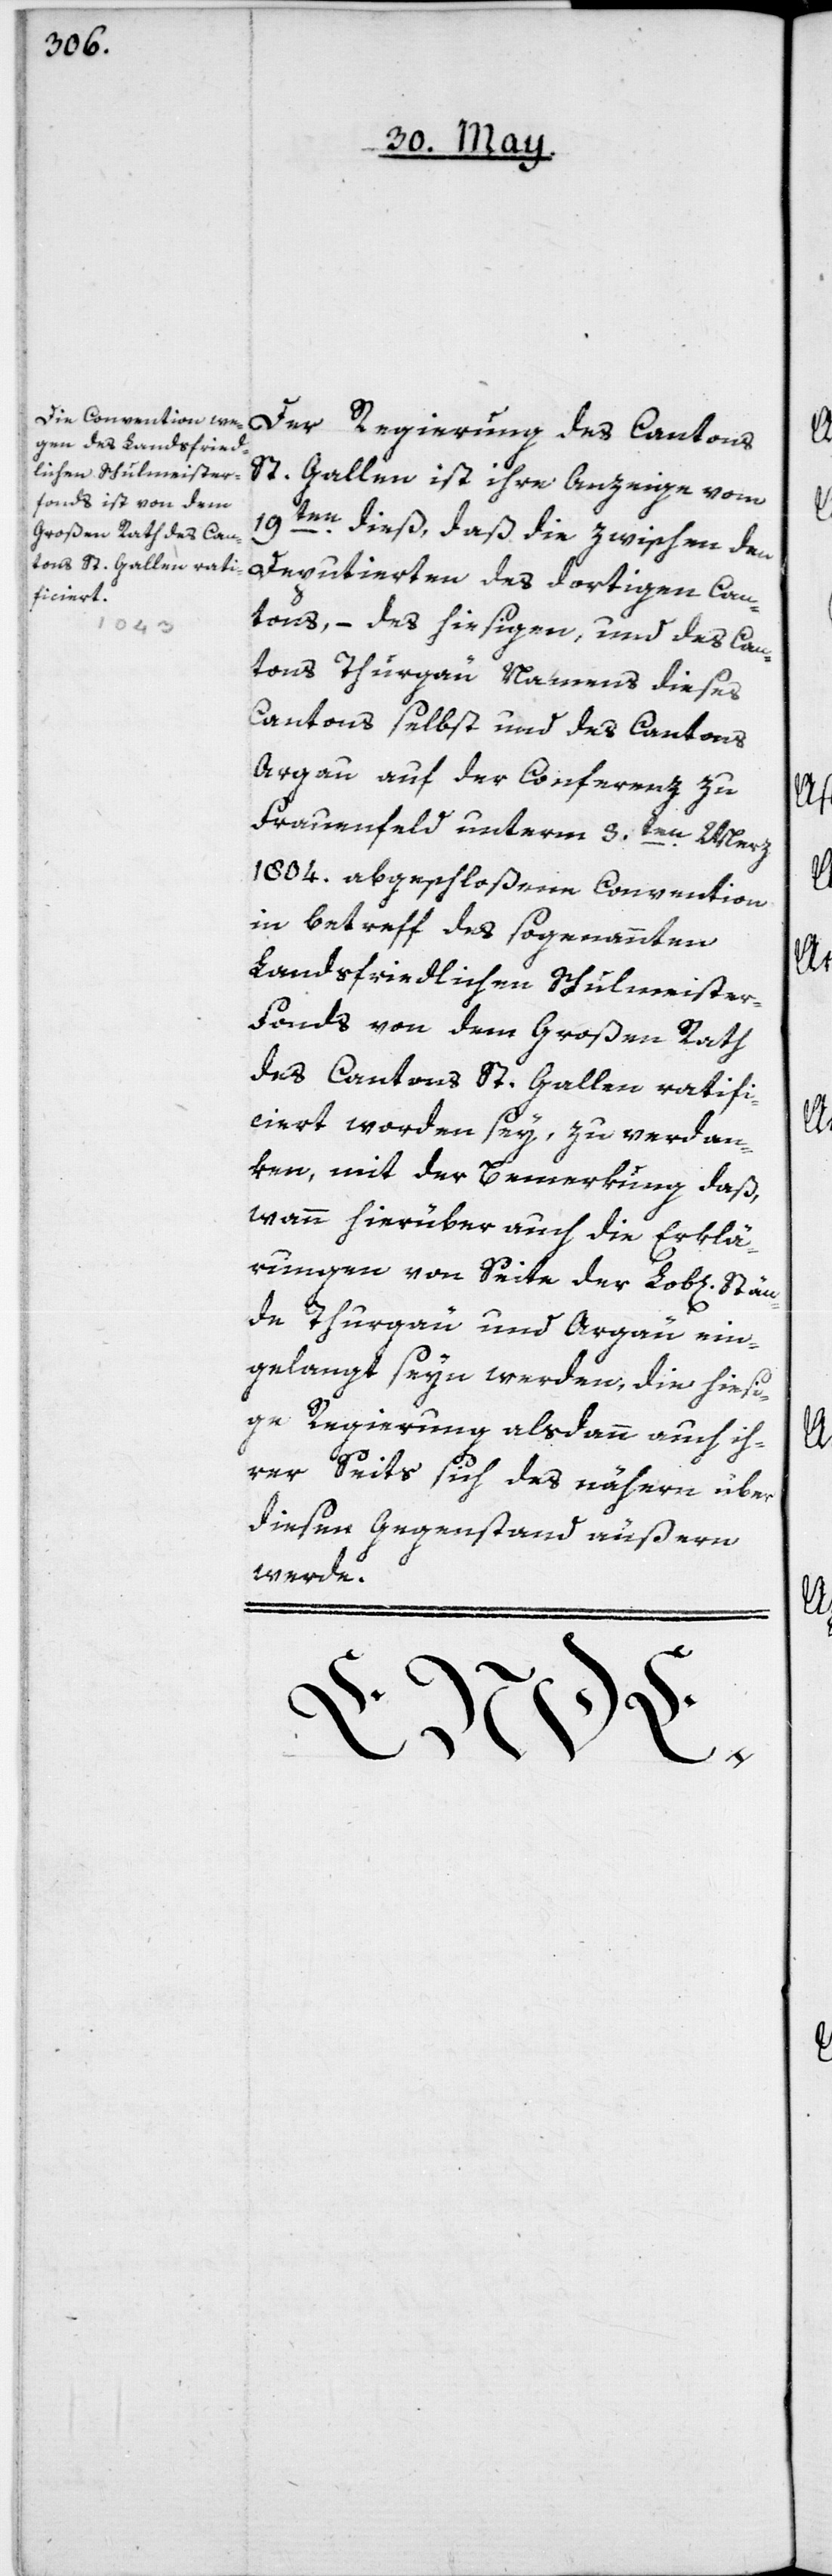
Der Regierung des Cantons
St. Gallen ist ihre Anzeige vom
19ten dieß, daß die zwischen den
Deputierten des dortigen Can¬
tons, – des hiesigen, und des Can¬
tons Thurgau Namens dieses
Cantons selbst und des Cantons
Argau auf der Conferenz zu
Frauenfeld unterm 3ten Merz
1804. abgeschloßenen Convention
in betreff des sogenannten
Landsfriedlichen Schulmeister-F¬
onds von dem Großen Rath
des Cantons St. Gallen ratifi¬
ciert worden sey, zu verdan¬
ken, mit der Bemerkung, daß
wann hierüber auch die Erklä¬
rungen von Seite der Lob[lichen]
de Thurgau und Argau ein¬
gelangt seyn werden, die hiesi¬
ge Regierung alsdann auch ih¬
rer Seits sich des nähern über
diesen Gegenstand äußern
werde.
Stän¬